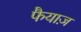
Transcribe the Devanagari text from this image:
फैयाज़